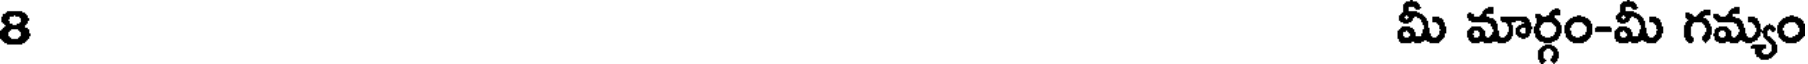
8 మీ మార్గం-మీ గమ్యం